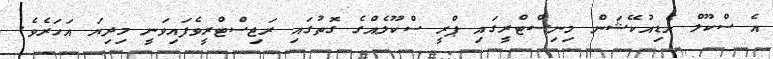
އެ ސްކޫލް އެޑިއުކޭޝަން މިނިސްޓްރީގައި ޕްރީ ސްކޫލެއްގެ ގޮތުގައި ރަޖިސްޓްރީވެފައިވަނީ މިދިޔަ އަހަރެވެ.